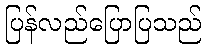
ပြန်လည်ပြောပြသည်